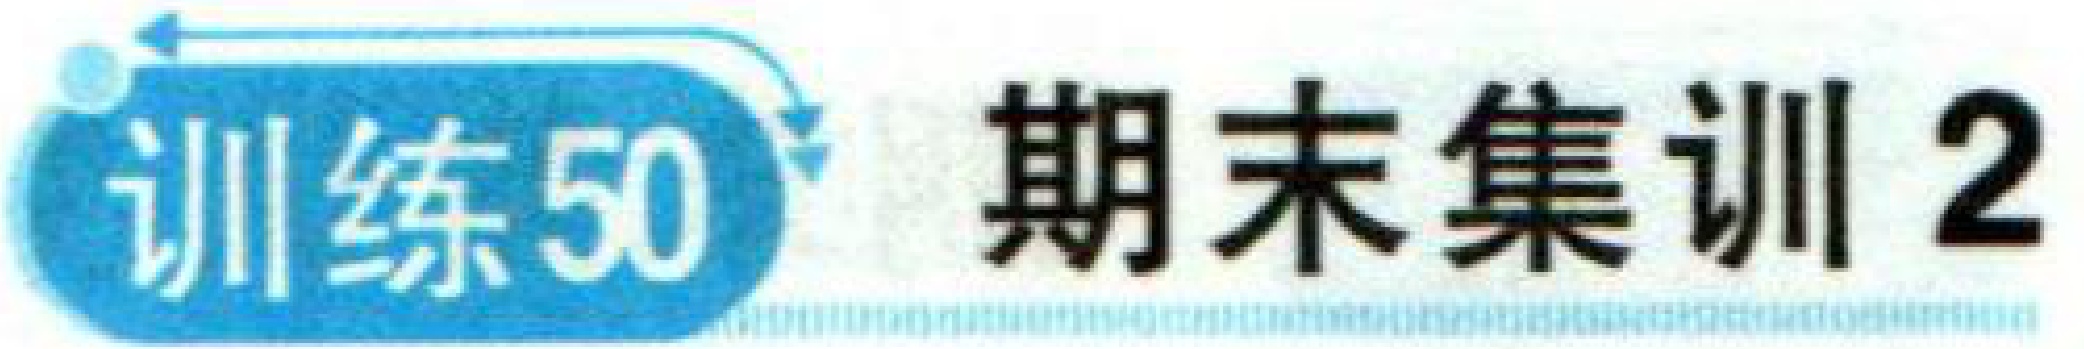
训练50 期末集训2